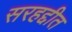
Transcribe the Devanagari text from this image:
सरहद्दीत